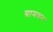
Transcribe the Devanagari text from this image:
ग्रामधन